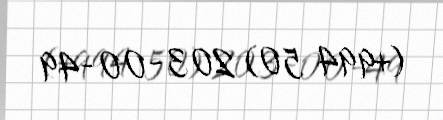
(+994 50) 203-00-49